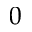
0